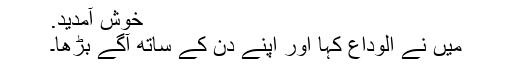
خوش آمدید.
میں نے الوداع کہا اور اپنے دن کے ساتھ آگے بڑھا۔